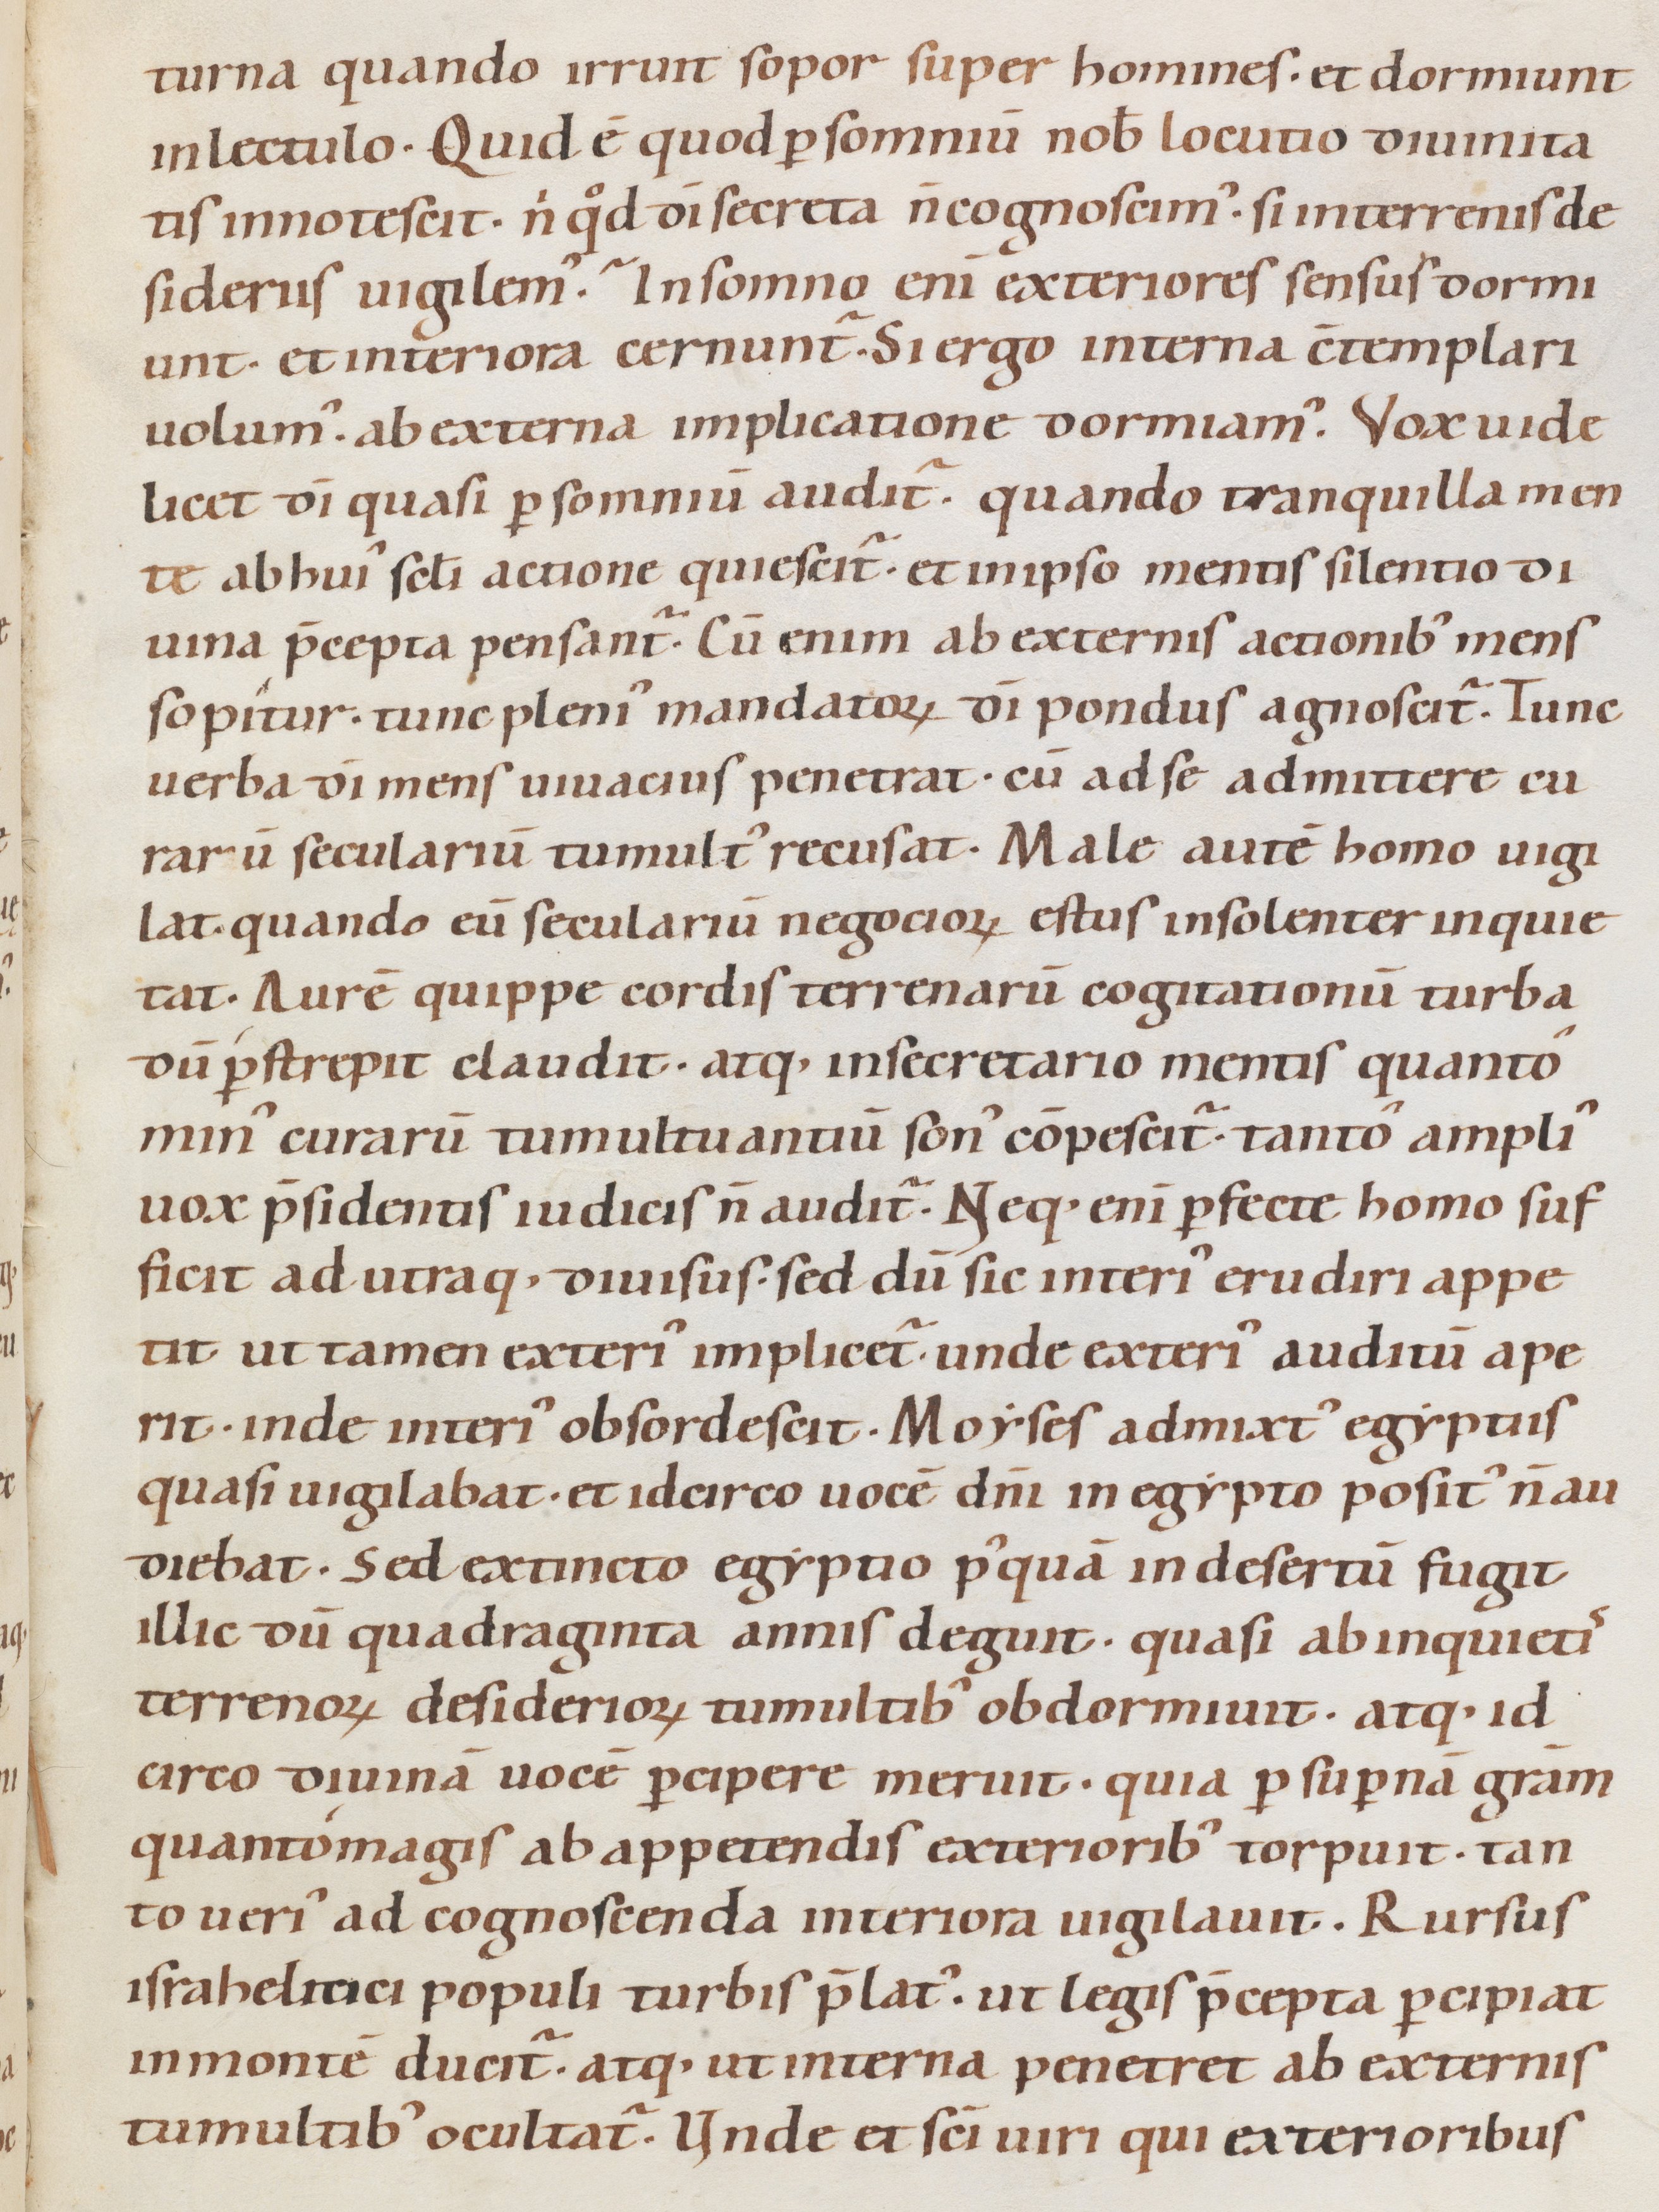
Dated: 1080–1096